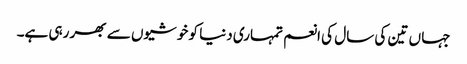
جہا ں تین کی سال کی انعم تمہاری دنیا کو خوشیوں سے بھر رہی ہے۔